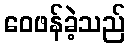
ဝေဖန်ခဲ့သည်